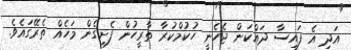
އަދި އެ ފައިސާ ދައްކަން ޖެހެނީ ހުކުމްކުރާ ތާރީހުން ފެށިގެން މަހެއް ތެރޭގައެވެ.